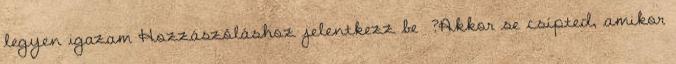
legyen igazam Hozzászóláshoz jelentkezz be ?Akkor se csípted, amikor